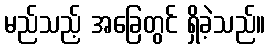
မည်သည့် အခြေတွင် ရှိခဲ့သည်။